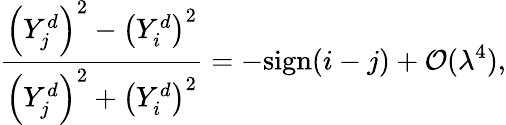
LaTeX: \frac{\left(Y_{j}^{d}\right)^{2}-\left(Y_{i}^{d}\right)^{2}}{\left(Y_{j}^{d}\right)^{2}+\left(Y_{i}^{d}\right)^{2}}=-\mathrm{sign}(i-j)+{\cal O}(\lambda^{4}),